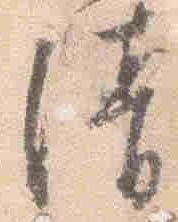
清